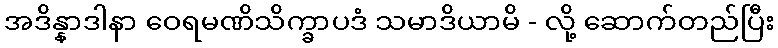
အဒိန္နာဒါနာ ဝေရမဏိသိက္ခာပဒံ သမာဒိယာမိ - လို့ ဆောက်တည်ပြီး